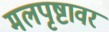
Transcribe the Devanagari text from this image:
मलपृष्टावर